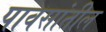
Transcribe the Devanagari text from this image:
पावसांतील